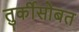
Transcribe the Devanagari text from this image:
तुर्कीसोबत